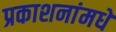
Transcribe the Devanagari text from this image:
प्रकाशनांमधे